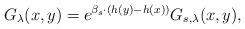
LaTeX: \begin{align*}G_{\lambda}(x,y)=e^{\beta_s \cdot (h(y)-h(x))}G_{s, \lambda}(x,y),\end{align*}